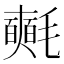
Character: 𣰰